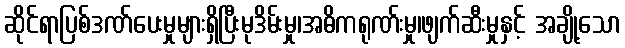
ဆိုင်ရာပြစ်ဒဏ်ပေးမှုများရှိပြီးမုဒိမ်းမှု၊အဓိကရုဏ်းမှု၊ဖျက်ဆီးမှုနှင့် အချို့သော